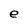
Character: e